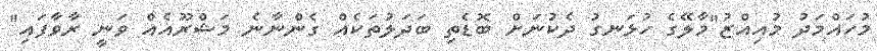
މުހައްމަދު މުއިއްޒު"މާލޭގެ ހުޅަނގު ދެކުނަށް ބޮޑެތި ބަދަލުތަކެއް ގެންނާނެ މަޝްރޫއެއް ވަނީ ރާވާފައި"